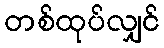
တစ်ထုပ်လျှင်